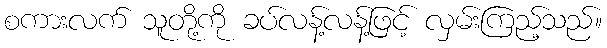
စကားလက် သူတို့ကို ခပ်လန့်လန့်ဖြင့် လှမ်းကြည့်သည်။